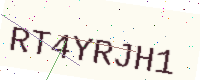
Text: RT4YRJH1